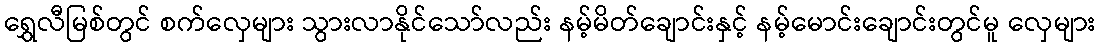
ရွှေလီမြစ်တွင် စက်လှေများ သွားလာနိုင်သော်လည်း နမ့်မိတ်ချောင်းနှင့် နမ့်မောင်းချောင်းတွင်မူ လှေများ